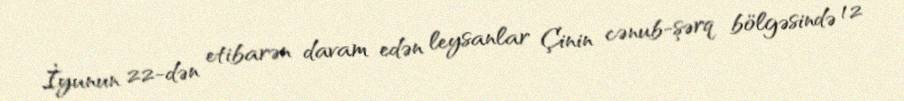
İyunun 22-dən etibarən davam edən leysanlar Çinin cənub-şərq bölgəsində 12